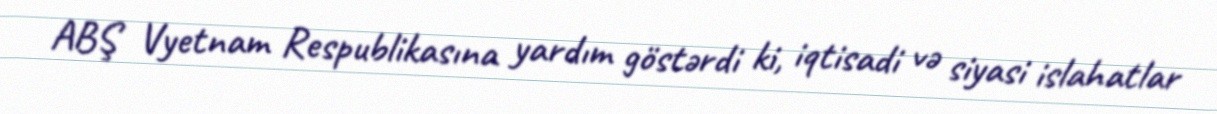
ABŞ Vyetnam Respublikasına yardım göstərdi ki, iqtisadi və siyasi islahatlar